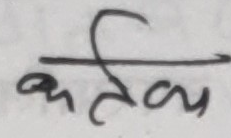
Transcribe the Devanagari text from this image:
मत्क